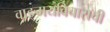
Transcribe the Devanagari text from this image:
वाङ्मयविचाराची